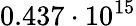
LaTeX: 0.437\cdot 10^{15}